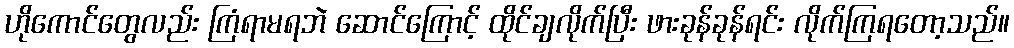
ဟိုကောင်တွေလည်း ကြံရာမရဘဲ ဆောင်ကြောင့် ထိုင်ချလိုက်ပြီး ဖားခုန်ခုန်ရင်း လိုက်ကြရတော့သည်။